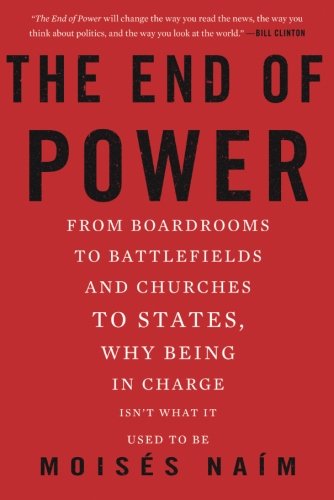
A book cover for The End of Power: From Boardrooms to Battlefields and Churches to States, Why Being In Charge IsnEEt What It Used to Be; Moises Naim; Business & Money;